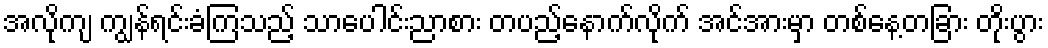
အလိုကျ ကျွန်ရင်းခံကြသည့် သာပေါင်းညာစား တပည့်နောက်လိုက် အင်အားမှာ တစ်နေ့တခြား တိုးပွား